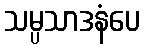
သမ္ပသာဒနံပေ